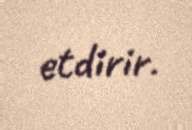
etdirir.